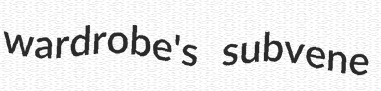
wardrobe's subvene